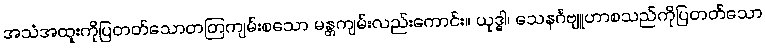
အသံအထူးကိုပြတတ်သောတတြကျမ်းစသော မန္တကျမ်းလည်းကောင်း။ ယုဒ္ဓါ၊ သေနင်္ဂဗျူဟာစသည်ကိုပြတတ်သော